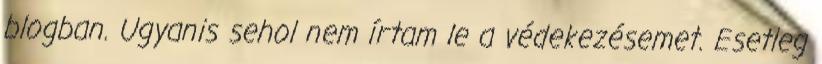
blogban. Ugyanis sehol nem írtam le a védekezésemet. Esetleg